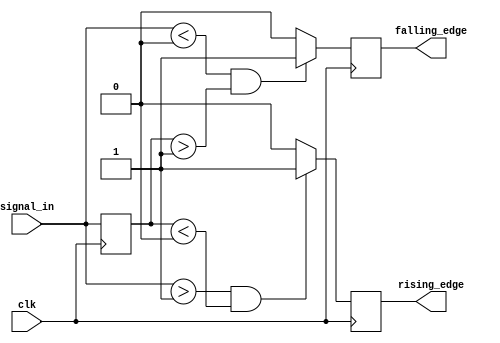
module schmitt_trigger_edge_detector (
    input wire clk,                // Clock input
    input wire signal_in,          // Input signal to be monitored
    output reg rising_edge,        // Rising edge detected output
    output reg falling_edge        // Falling edge detected output
);

    // Threshold levels (these can be parameterized)
    parameter Vth_high = 1'b1;     // Upper threshold
    parameter Vth_low = 1'b0;      // Lower threshold

    reg prev_state;                // Memory block to hold the previous state

    // Edge detection logic
    always @(posedge clk) begin
        // Initialize outputs
        rising_edge <= 1'b0;
        falling_edge <= 1'b0;

        // Edge detection logic
        if (signal_in > Vth_high && prev_state < Vth_low) begin
            rising_edge <= 1'b1;    // Rising edge detected
        end
        if (signal_in < Vth_low && prev_state > Vth_high) begin
            falling_edge <= 1'b1;   // Falling edge detected
        end

        // Update previous state
        prev_state <= signal_in;
    end

endmodule